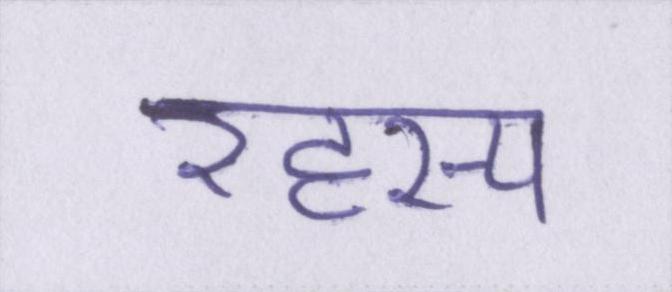
रहस्य